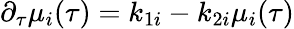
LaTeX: {}\partial_{\tau}\mu_{i}(\tau)=k_{1i}-k_{2i}\mu_{i}(\tau)